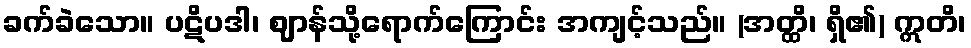
ခက်ခဲသော။ ပဋိပဒါ၊ ဈာန်သို့ရောက်ကြောင်း အကျင့်သည်။ (အတ္ထိ၊ ရှိ၏) ဣတိ၊